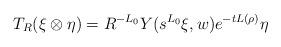
LaTeX: \begin{align*}T_R(\xi \otimes \eta) =R^{-L_0}Y(s^{L_0}\xi,w)e^{-tL(\rho)}\eta\end{align*}